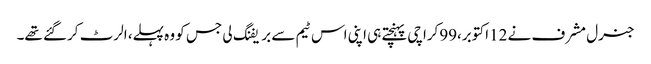
جنرل مشرف نے 12اکتوبر،99کراچی پہنچتے ہی اپنی اس ٹیم سے بریفنگ لی جس کو وہ پہلے، الرٹ کرگئے تھے۔